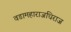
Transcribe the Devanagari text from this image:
वडामहाराजधिराज